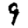
Digit: 9